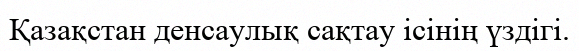
Қазақстан денсаулық сақтау ісінің үздігі.